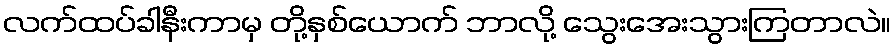
လက်ထပ်ခါနီးကာမှ တို့နှစ်ယောက် ဘာလို့ သွေးအေးသွားကြတာလဲ။